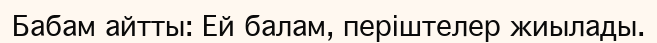
Бабам айтты: Ей балам, періштелер жиылады.